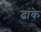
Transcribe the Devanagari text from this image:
ढांके